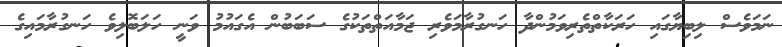
ނަމަވެސް ލިބިޔާގައި ހަރަކާތްތެރިވަމުންްދާ ހަނގުރާމަވެރި ޖަމާއަތްތަކުގެ ސަބަބުން އެގައުމު ވަނީ ހަލަބޮލިވެ ހަނގުރާމައިގެ